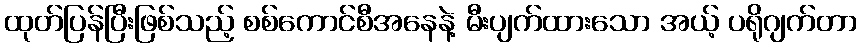
ထုတ်ပြန်ပြီးဖြစ်သည့် စစ်ကောင်စီအနေနဲ့ မီးပျက်ထားသော အယ့် ပရိုဂျက်တာ